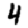
Digit: 4